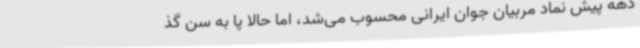
دهه پیش نماد مربیان جوان ایرانی محسوب می‌شد، اما حالا پا به سن گذ